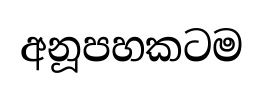
අනූපහකටම